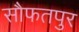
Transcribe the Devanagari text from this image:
सौफतपुर